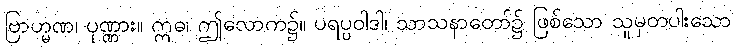
ဗြာဟ္မဏ၊ ပုဏ္ဏား။ ဣဓ၊ ဤလောက၌။ ပရပ္ပဝါဒါ၊ သာသနာတော်၌ ဖြစ်သော သူမှတပါးသော